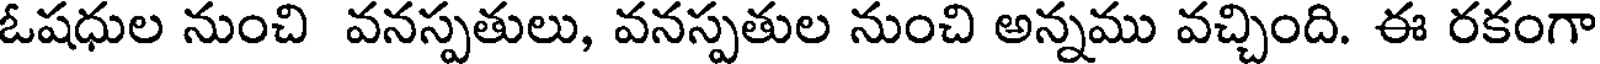
ఓషధుల నుంచి వనస్పతులు, వనస్పతుల నుంచి అన్నము వచ్చింది. ఈ రకంగా